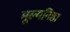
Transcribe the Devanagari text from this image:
मूल्यनिष्ठा